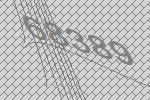
68389